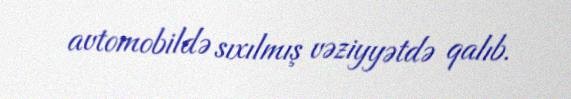
avtomobildə sıxılmış vəziyyətdə qalıb.